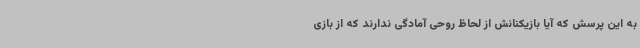
به این پرسش که آیا بازیکنانش از لحاظ روحی آمادگی ندارند که از بازی